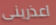
اعذرينى